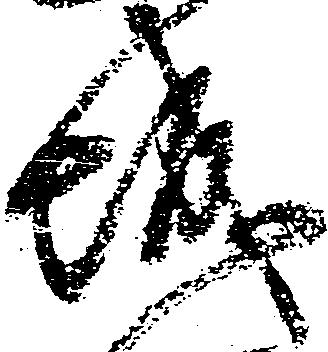
城